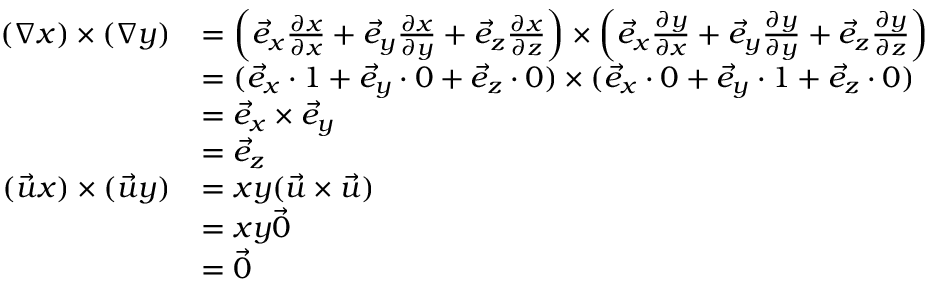
{ \begin{array} { r l } { ( \nabla x ) \times ( \nabla y ) } & { = \left( { \vec { e } } _ { x } { \frac { \partial x } { \partial x } } + { \vec { e } } _ { y } { \frac { \partial x } { \partial y } } + { \vec { e } } _ { z } { \frac { \partial x } { \partial z } } \right) \times \left( { \vec { e } } _ { x } { \frac { \partial y } { \partial x } } + { \vec { e } } _ { y } { \frac { \partial y } { \partial y } } + { \vec { e } } _ { z } { \frac { \partial y } { \partial z } } \right) } \\ & { = ( { \vec { e } } _ { x } \cdot 1 + { \vec { e } } _ { y } \cdot 0 + { \vec { e } } _ { z } \cdot 0 ) \times ( { \vec { e } } _ { x } \cdot 0 + { \vec { e } } _ { y } \cdot 1 + { \vec { e } } _ { z } \cdot 0 ) } \\ & { = { \vec { e } } _ { x } \times { \vec { e } } _ { y } } \\ & { = { \vec { e } } _ { z } } \\ { ( { \vec { u } } x ) \times ( { \vec { u } } y ) } & { = x y ( { \vec { u } } \times { \vec { u } } ) } \\ & { = x y { \vec { 0 } } } \\ & { = { \vec { 0 } } } \end{array} }